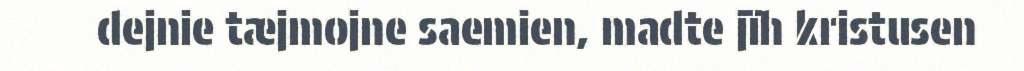
dejnie tæjmojne saemien, madte jïh kristusen